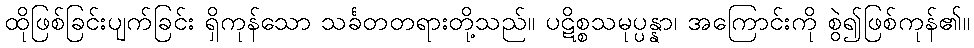
ထိုဖြစ်ခြင်းပျက်ခြင်း ရှိကုန်သော သင်္ခတတရားတို့သည်။ ပဋိစ္စသမုပ္ပန္နာ၊ အကြောင်းကို စွဲ၍ဖြစ်ကုန်၏။